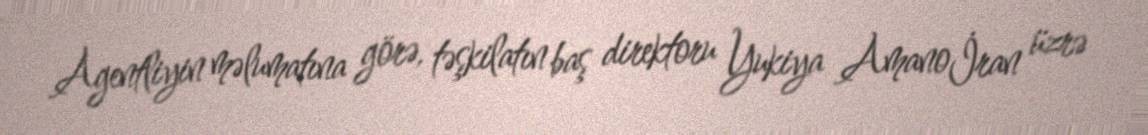
Agentliyin məlumatına görə, təşkilatın baş direktoru Yukiya Amano İran üzrə